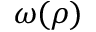
\omega ( \rho )